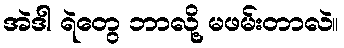
အဲဒါ ရဲတွေ ဘာလို့ မဖမ်းတာလဲ။